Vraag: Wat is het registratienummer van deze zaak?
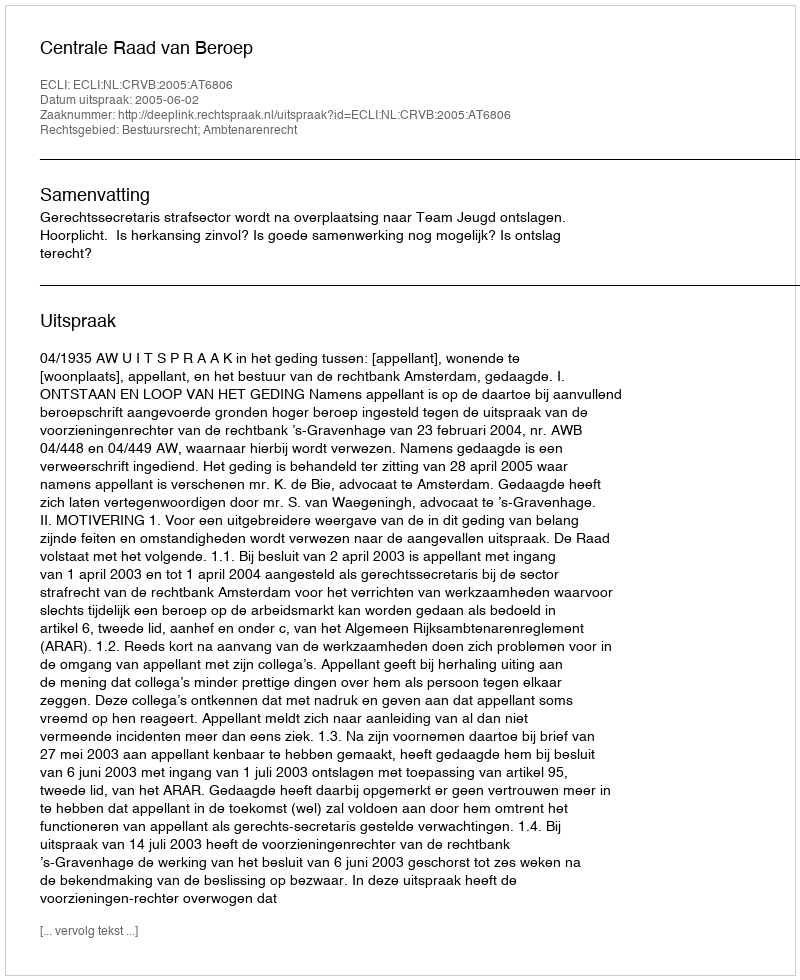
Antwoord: http://deeplink.rechtspraak.nl/uitspraak?id=ECLI:NL:CRVB:2005:AT6806